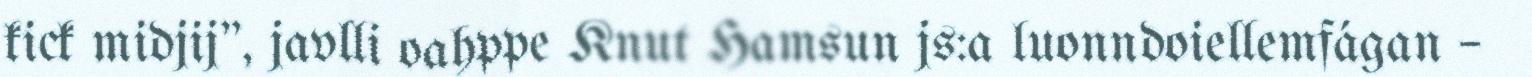
kick midjij", javlli oahppe Knut Hamsun js:a luonndoiellemfágan –